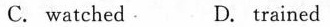
C. watched. D. trained